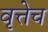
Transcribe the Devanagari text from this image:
वृत्तेच